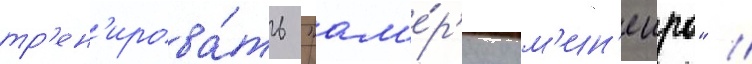
тр'ен'ирова́ть "ам'е́р'ику м'ин'еиро" //